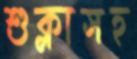
শুক্লাসহ